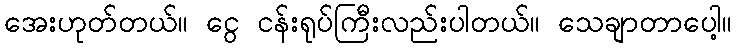
အေးဟုတ်တယ်။ ငွေ ငန်းရုပ်ကြီးလည်းပါတယ်။ သေချာတာပေါ့။